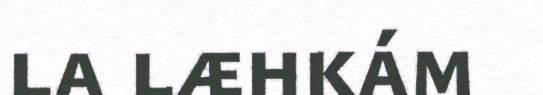
la læhkám